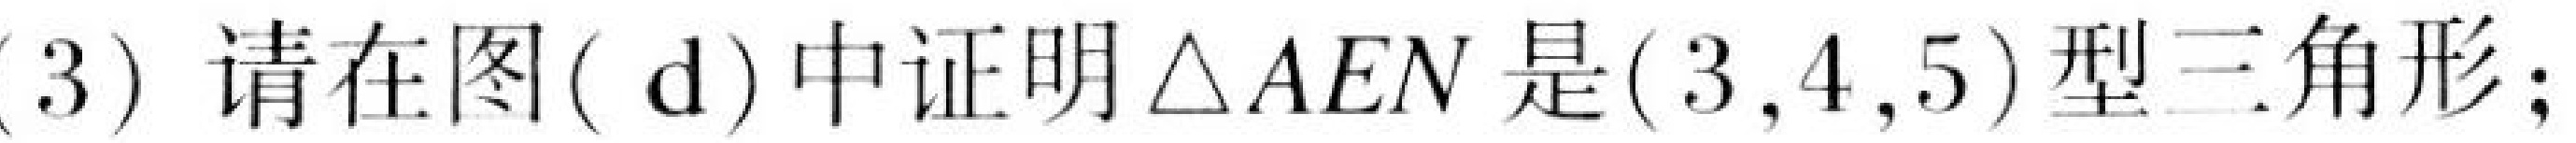
(3) 请在图( d) 中证明\(\triangle AEN\)是\((3,4,5)\)型三角形；